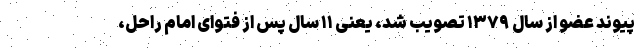
پیوند عضو از سال ۱۳۷۹ تصویب شد، یعنی ۱۱ سال پس از فتوای امام راحل،